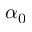
\alpha _ { 0 }